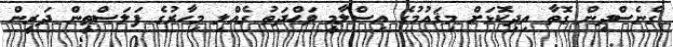
ގެނެސްދިން ގޮތާ އިދިކޮޅަށް މިޤައުމުގެ އިސްލާމީ ވަޙްދަތު ގެއްލި މިހާރުގެ ފަލަސްްޠީން ދަރީން